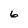
Character: 6